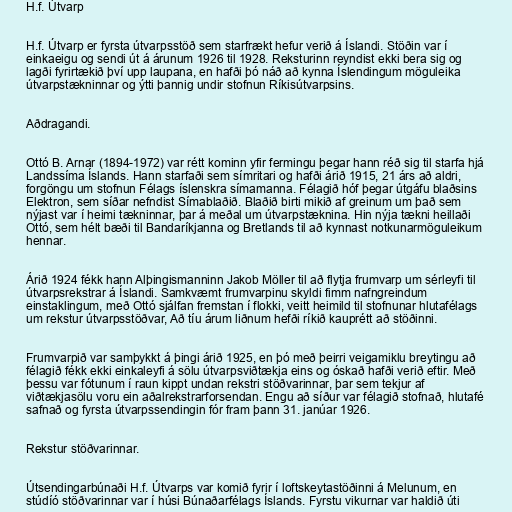
H.f. Útvarp

H.f. Útvarp er fyrsta útvarpsstöð sem starfrækt hefur verið á Íslandi. Stöðin var í
einkaeigu og sendi út á árunum 1926 til 1928. Reksturinn reyndist ekki bera sig og
lagði fyrirtækið því upp laupana, en hafði þó náð að kynna Íslendingum möguleika
útvarpstækninnar og ýtti þannig undir stofnun Ríkisútvarpsins.

Aðdragandi.

Ottó B. Arnar (1894-1972) var rétt kominn yfir fermingu þegar hann réð sig til starfa hjá
Landssíma Íslands. Hann starfaði sem símritari og hafði árið 1915, 21 árs að aldri,
forgöngu um stofnun Félags íslenskra símamanna. Félagið hóf þegar útgáfu blaðsins
Elektron, sem síðar nefndist Símablaðið. Blaðið birti mikið af greinum um það sem
nýjast var í heimi tækninnar, þar á meðal um útvarpstæknina. Hin nýja tækni heillaði
Ottó, sem hélt bæði til Bandaríkjanna og Bretlands til að kynnast notkunarmöguleikum
hennar.

Árið 1924 fékk hann Alþingismanninn Jakob Möller til að flytja frumvarp um sérleyfi til
útvarpsrekstrar á Íslandi. Samkvæmt frumvarpinu skyldi fimm nafngreindum
einstaklingum, með Ottó sjálfan fremstan í flokki, veitt heimild til stofnunar hlutafélags
um rekstur útvarpsstöðvar, Að tíu árum liðnum hefði ríkið kauprétt að stöðinni.

Frumvarpið var samþykkt á þingi árið 1925, en þó með þeirri veigamiklu breytingu að
félagið fékk ekki einkaleyfi á sölu útvarpsviðtækja eins og óskað hafði verið eftir. Með
þessu var fótunum í raun kippt undan rekstri stöðvarinnar, þar sem tekjur af
viðtækjasölu voru ein aðalrekstrarforsendan. Engu að síður var félagið stofnað, hlutafé
safnað og fyrsta útvarpssendingin fór fram þann 31. janúar 1926.

Rekstur stöðvarinnar.

Útsendingarbúnaði H.f. Útvarps var komið fyrir í loftskeytastöðinni á Melunum, en
stúdíó stöðvarinnar var í húsi Búnaðarfélags Íslands. Fyrstu vikurnar var haldið úti